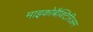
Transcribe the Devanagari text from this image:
माइकोबैक्टिरिअम